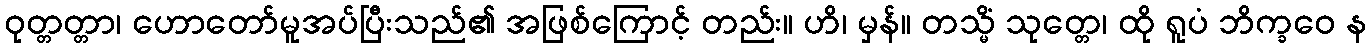
ဝုတ္တတ္တာ၊ ဟောတော်မူအပ်ပြီးသည်၏ အဖြစ်ကြောင့် တည်း။ ဟိ၊ မှန်။ တသ္မိံ သုတ္တေ၊ ထို ရူပံ ဘိက္ခဝေ န